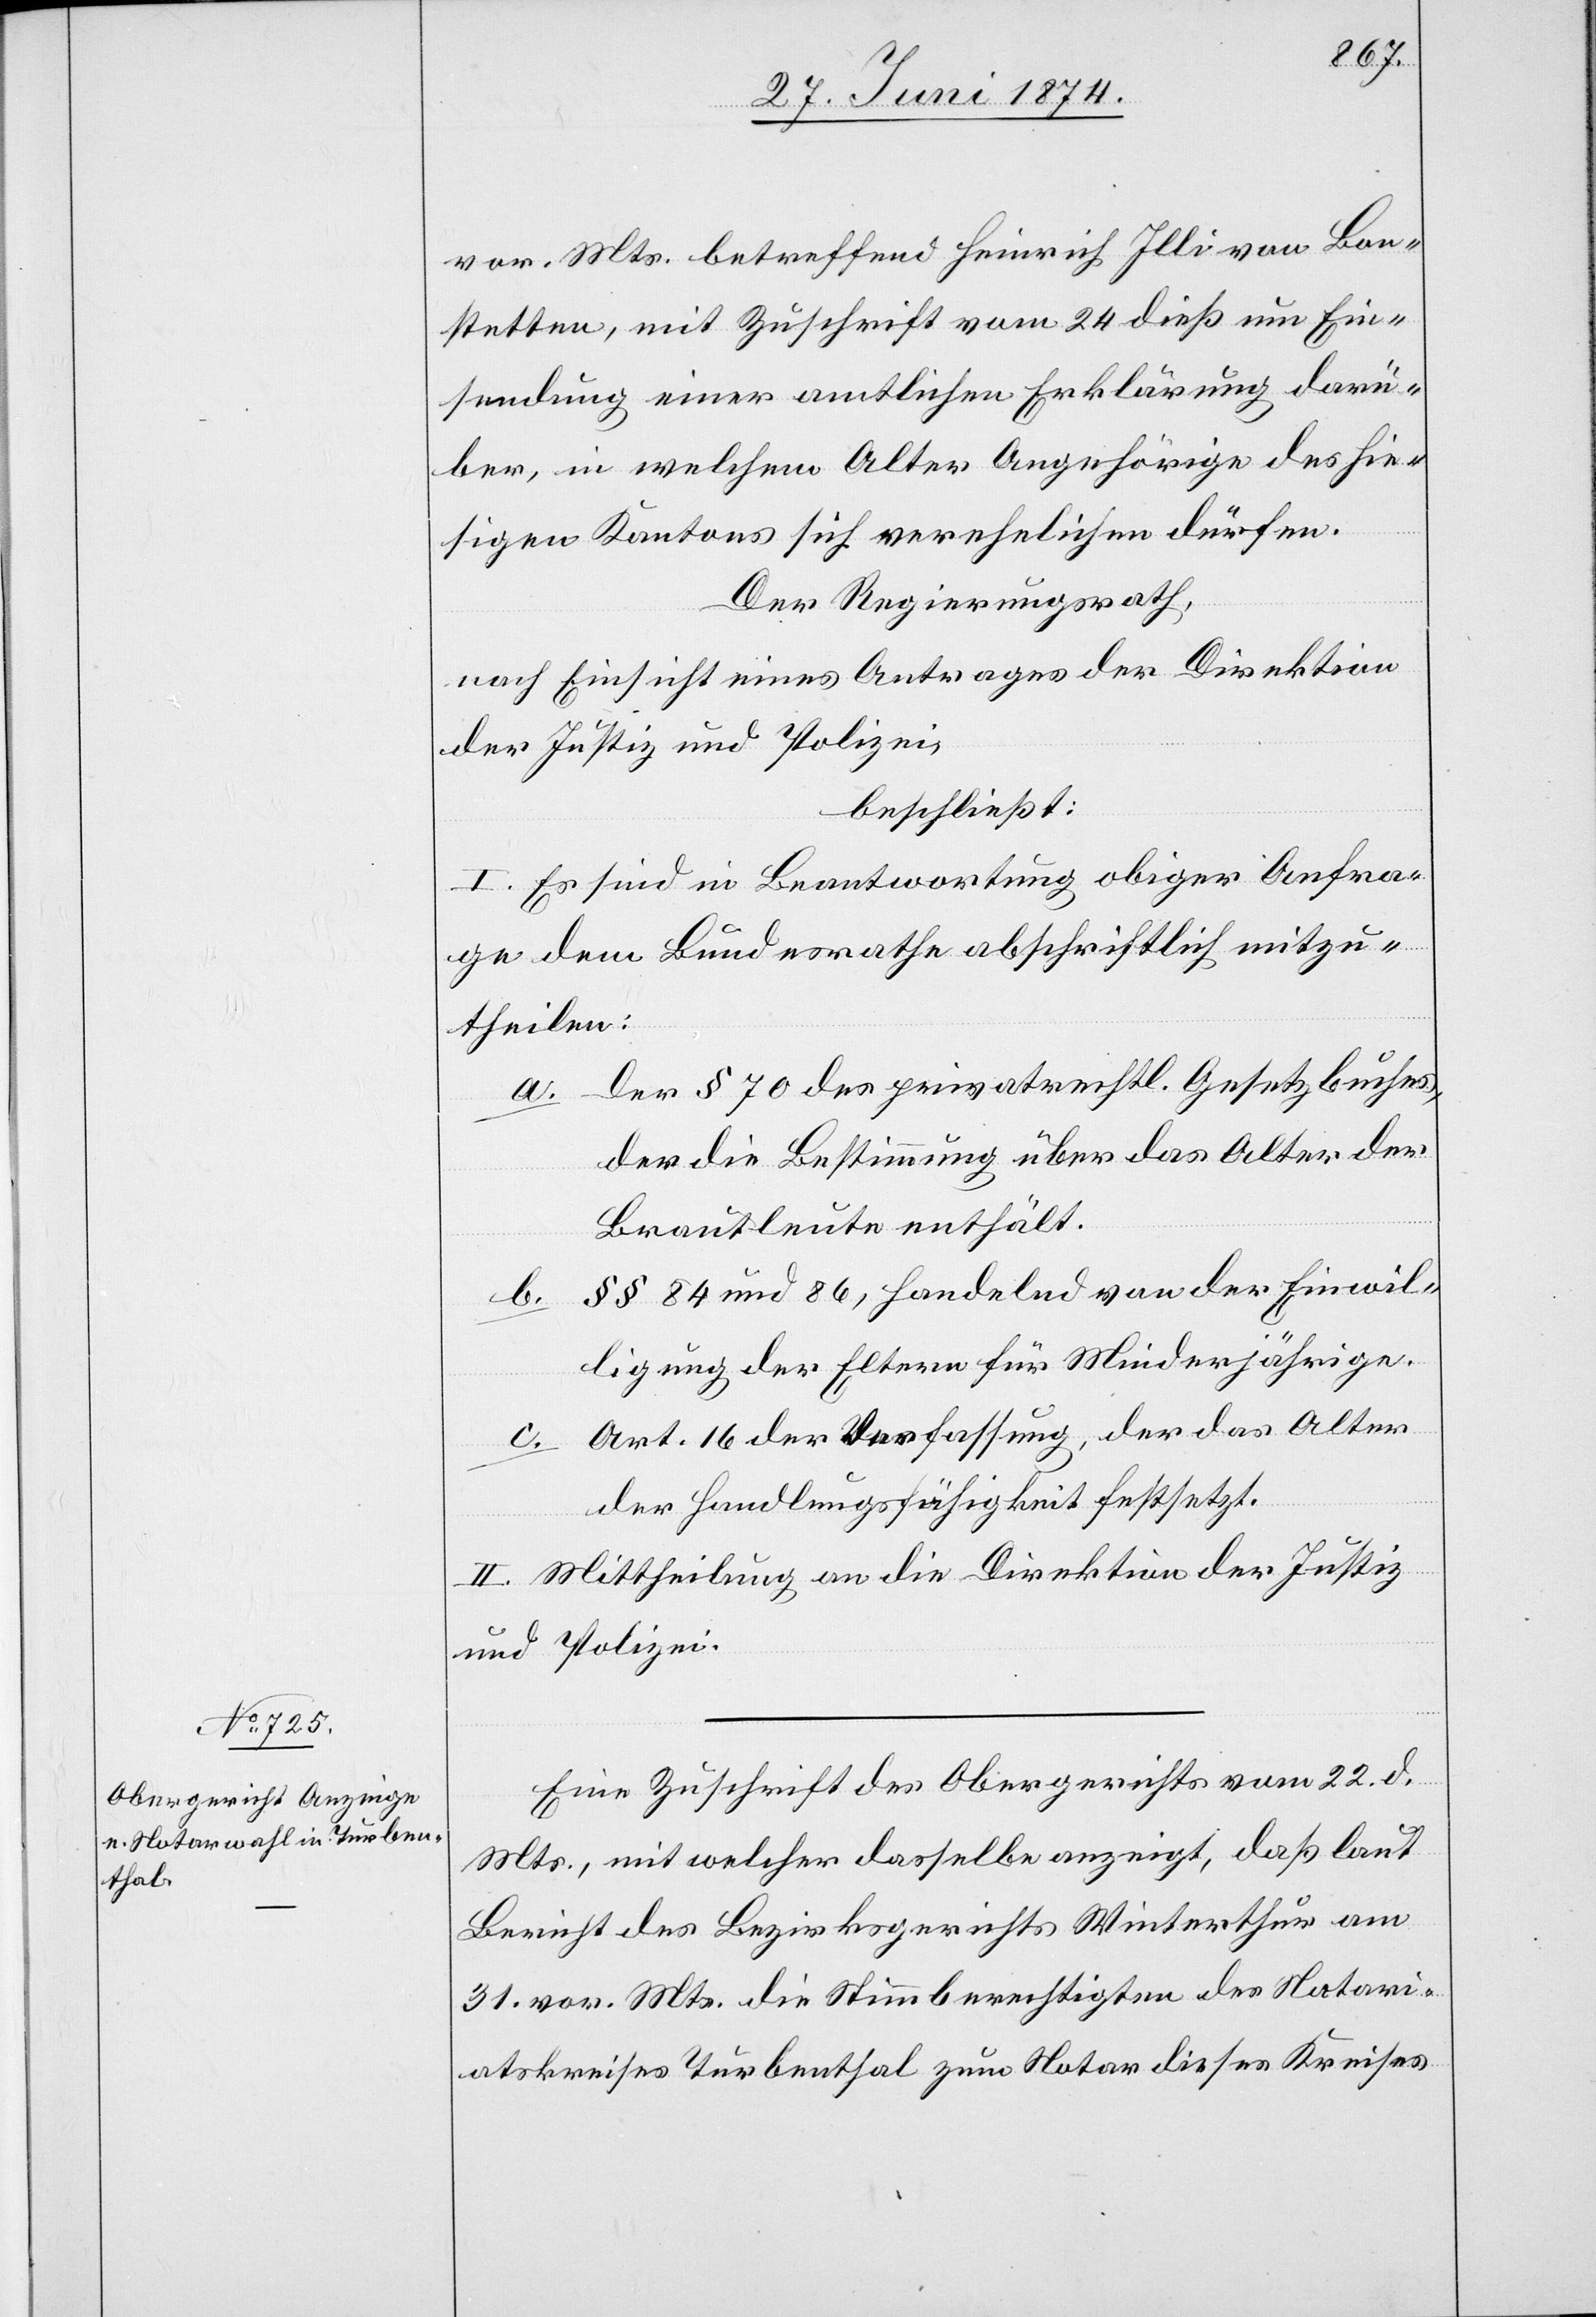
vor. Mts. betreffend Heinrich Illi von Bon¬
stetten, mit Zuschrift vom 24. dieß um Ein¬
sendung einer amtlichen Erklärung darü¬
ber, in welchem Alter Angehörige des hie¬
sigen Kantons sich verehelichen dürfen.
Der Regierungsrath,
nach Einsicht eines Antrages der Direktion
der Justiz und Polizei,
beschließt:
I. Es sind in Beantwortung obiger Anfra¬
ge dem Bundesrathe abschriftlich mitzu¬
theilen:
Der § 70 des privatrechtl. Gesetzbuches,
der die Bestimmung über das Alter der
Brautleute enthält.
§§ 84 und 86, handelnd von der Einwil¬
b.
ligung der Eltern für Minderjährige.
c. Art. 16 der Verfassung, der das Alter
der Handlungsfähigkeit festsetzt.
II. Mittheilung an die Direktion der Justiz
und Polizei.
Eine Zuschrift des Obergerichts vom 22. d.
Mts., mit welcher dasselbe anzeigt, daß laut
Bericht des Bezirksgerichts Winterthur am
31. vor. Mts. die Stimmberechtigten des Notari¬
atskreises Turbenthal zum Notar dieses Kreises